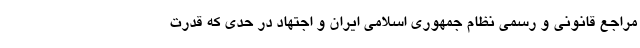
مراجع قانونی و رسمی نظام جمهوری اسلامی ایران و اجتهاد در حدی که قدرت